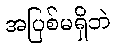
အပြစ်မရှိဘဲ